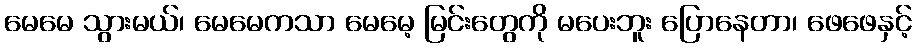
မေမေ သွားမယ်၊ မေမေကသာ မေမေ့ မြင်းတွေကို မပေးဘူး ပြောနေတာ၊ ဖေဖေနှင့်